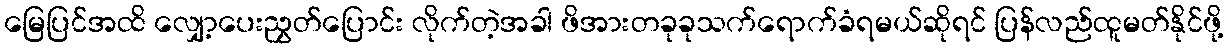
မြေပြင်အထိ လျှော့ပေးညွှတ်ပြောင်း လိုက်တဲ့အခါ ဖိအားတခုခုသက်ရောက်ခံရမယ်ဆိုရင် ပြန်လည်ထူမတ်နိုင်ဖို့